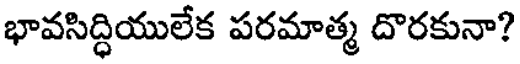
భావసిద్ధియులేక పరమాత్మ దొరకునా?